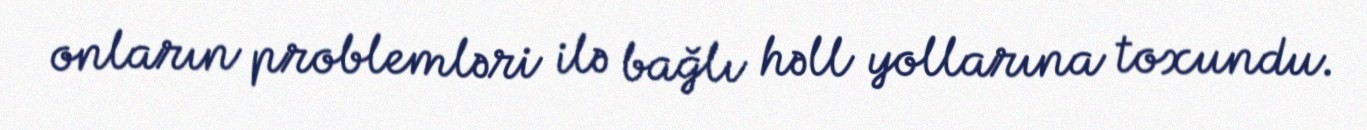
onların problemləri ilə bağlı həll yollarına toxundu.